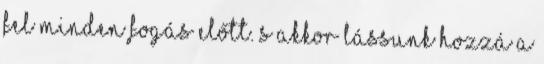
fel minden fogás előtt. S akkor lássunk hozzá a